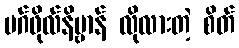
မဂ်ဖိုလ်နိဗ္ဗာန် လိုလားတဲ့ စိတ်